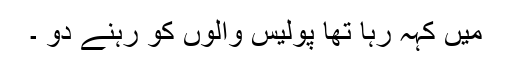
میں کہہ رہا تھا پولیس والوں کو رہنے دو ۔